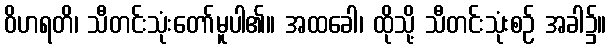
ဝိဟရတိ၊ သီတင်းသုံးတော်မူပါ၏။ အထခေါ၊ ထိုသို့ သီတင်းသုံးစဉ် အခါ၌။